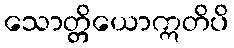
သောတ္တိယောဣတိပိ